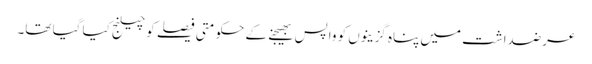
عرضداشت میں پناہ گزینوں کو واپس بھیجنے کے حکومتی فیصلے کو چیلنج کیا گیا تھا۔